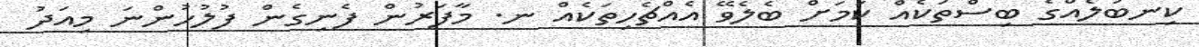
ކިނބުލެއްގެ ބިސްތަކެއް ކަމަށް ބެލެވޭ އެއްޗެހިތަކެއް ނ. މާފަރުން ފެނިގެން ފުލުހުންނަ މިއަދު